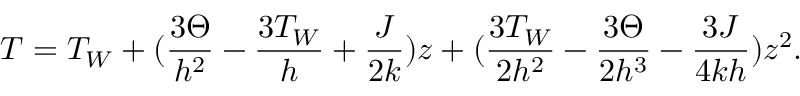
T = T _ { W } + ( \frac { 3 \Theta } { h ^ { 2 } } - \frac { 3 T _ { W } } { h } + \frac { J } { 2 k } ) z + ( \frac { 3 T _ { W } } { 2 h ^ { 2 } } - \frac { 3 \Theta } { 2 h ^ { 3 } } - \frac { 3 J } { 4 k h } ) z ^ { 2 } .